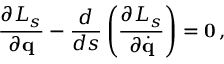
\frac { \partial { \cal L } _ { s } } { \partial { \bf q } } - \frac { d } { d s } \left( \frac { \partial { \cal L } _ { s } } { \partial \dot { \bf q } } \right) = { \bf 0 } \, ,